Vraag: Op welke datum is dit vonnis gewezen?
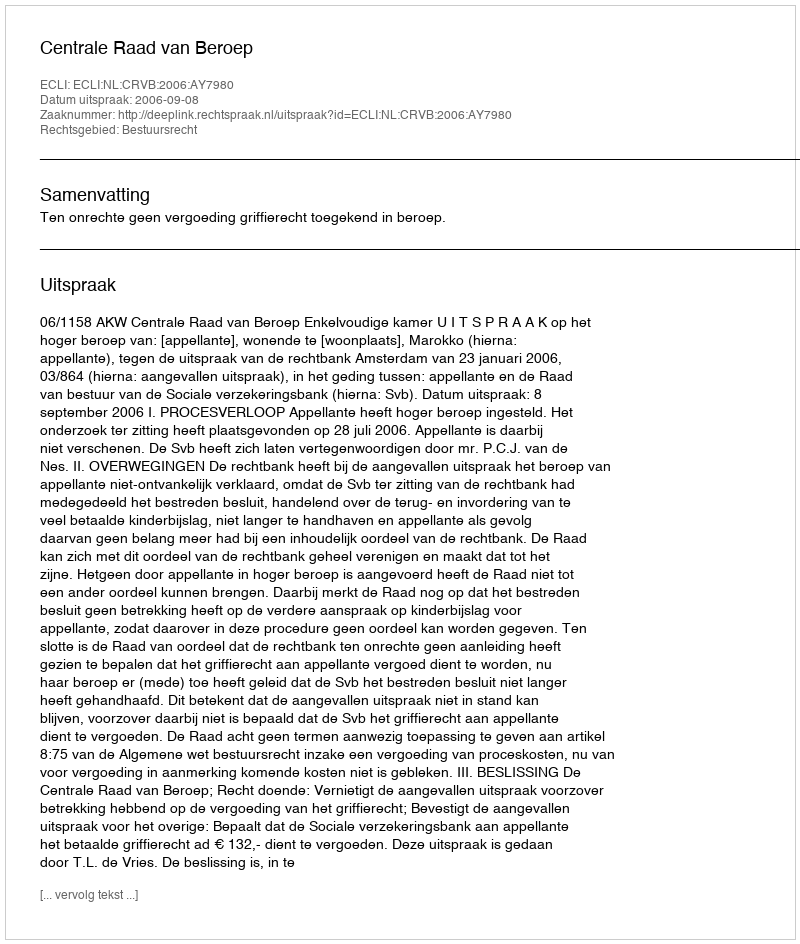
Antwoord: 2006-09-08